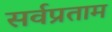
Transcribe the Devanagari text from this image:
सर्वप्रताम